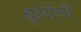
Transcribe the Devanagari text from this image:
बुसोनी